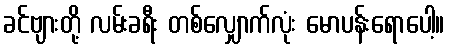
ခင်ဗျားတို့ လမ်းခရီး တစ်လျှောက်လုံး မောပန်းရောပေါ့။